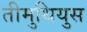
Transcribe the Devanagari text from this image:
तीमुथियुस